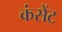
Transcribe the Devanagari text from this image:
कंसेंट